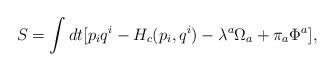
LaTeX: \begin{align*}S = \int dt[p_iq^i - H_c(p_i,q^i) - \lambda^a\Omega_a + \pi_a\Phi^a],\end{align*}